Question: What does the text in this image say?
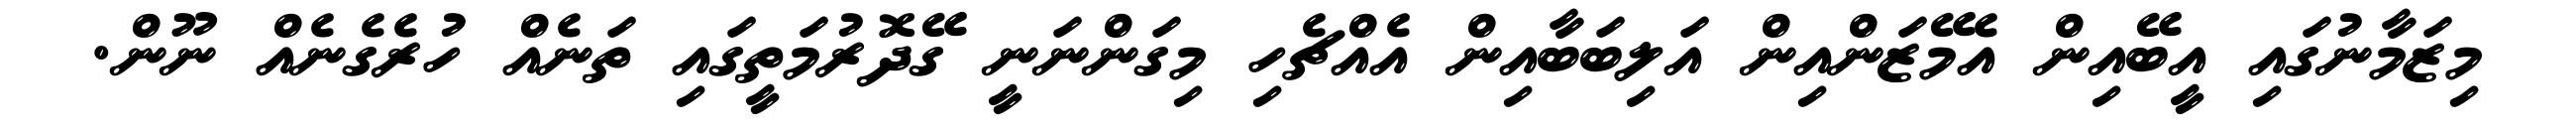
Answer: މިޒަމާނުގައި އީބޭއިން އެމޭޒަންއިން އަލިބަބާއިން އެއްޗެހި މިގަންނަނީ ގޭދޮރުމަތީގައި ތަނެއް ހުރެގެނެއް ނޫން.